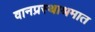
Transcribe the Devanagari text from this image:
वानप्रस्थाश्रमात